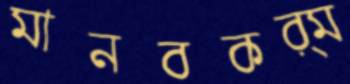
মানবকর্ম